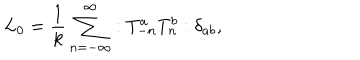
LaTeX: L _ { 0 } = \frac { 1 } { k } \sum _ { n = - \infty } ^ { \infty } : T _ { - n } ^ { a } T _ { n } ^ { b } : \delta _ { a b } ,